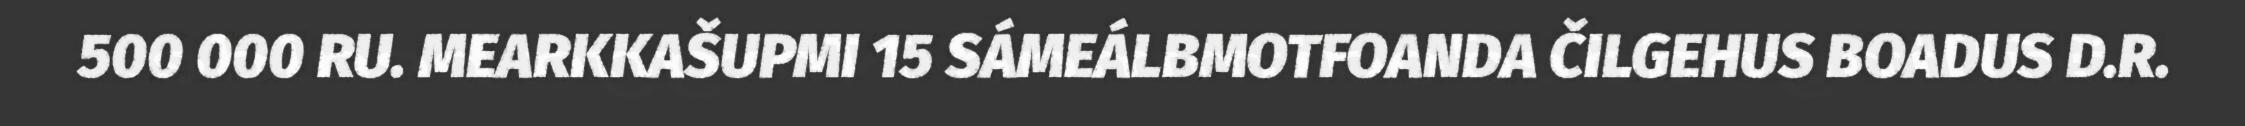
500 000 RU. MEARKKAŠUPMI 15 SÁMEÁLBMOTFOANDA ČILGEHUS BOADUS D.R.